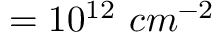
= 1 0 ^ { 1 2 } \ c m ^ { - 2 }